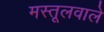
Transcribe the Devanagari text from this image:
मस्तूलवाले